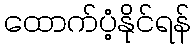
ထောက်ပံ့နိုင်ရန်